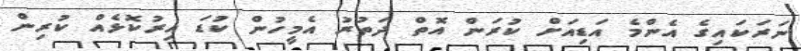
ނަރަކައިގެ އެންމެ އަޑިއަށް ކުރަން އޮތް ދަތުރު އެމީހުން ކުޑަ އިރުކޮޅެއް ކުރިން